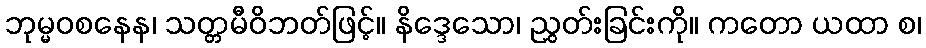
ဘုမ္မဝစနေန၊ သတ္တမီဝိဘတ်ဖြင့်။ နိဒ္ဒေသော၊ ညွှတ်းခြင်းကို။ ကတော ယထာ စ၊